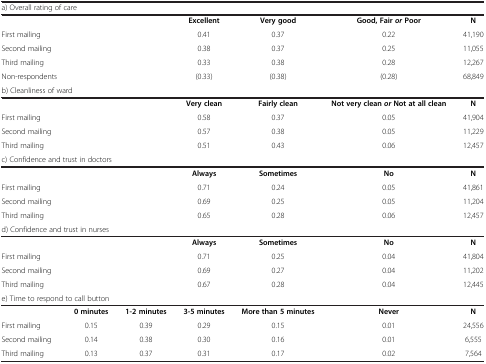
<table><thead><tr><td colspan="5"><b>a) Overall rating of care</b></td><td><b> </b></td><td><b> </b></td></tr></thead><tbody><tr><td> </td><td> </td><td> </td><td><b>Excellent</b></td><td><b>Very good</b></td><td><b>Good, Fair</b><b><i>or</i></b><b>Poor</b></td><td><b>N</b></td></tr><tr><td>First mailing</td><td> </td><td> </td><td>0.41</td><td>0.37</td><td>0.22</td><td>41,190</td></tr><tr><td>Second mailing</td><td> </td><td> </td><td>0.38</td><td>0.37</td><td>0.25</td><td>11,055</td></tr><tr><td>Third mailing</td><td> </td><td> </td><td>0.33</td><td>0.38</td><td>0.28</td><td>12,267</td></tr><tr><td>Non-respondents</td><td> </td><td> </td><td>(0.33)</td><td>(0.38)</td><td>(0.28)</td><td>68,849</td></tr><tr><td colspan="7">b) Cleanliness of ward</td></tr><tr><td> </td><td> </td><td> </td><td><b>Very clean</b></td><td><b>Fairly clean</b></td><td><b>Not very clean</b><b><i>or</i></b><b>Not at all clean</b></td><td><b>N</b></td></tr><tr><td>First mailing</td><td> </td><td> </td><td>0.58</td><td>0.37</td><td>0.05</td><td>41,904</td></tr><tr><td>Second mailing</td><td> </td><td> </td><td>0.57</td><td>0.38</td><td>0.05</td><td>11,229</td></tr><tr><td>Third mailing</td><td> </td><td> </td><td>0.51</td><td>0.43</td><td>0.06</td><td>12,457</td></tr><tr><td colspan="7">c) Confidence and trust in doctors</td></tr><tr><td> </td><td> </td><td> </td><td><b>Always</b></td><td><b>Sometimes</b></td><td><b>No</b></td><td><b>N</b></td></tr><tr><td>First mailing</td><td> </td><td> </td><td>0.71</td><td>0.24</td><td>0.05</td><td>41,861</td></tr><tr><td>Second mailing</td><td> </td><td> </td><td>0.69</td><td>0.25</td><td>0.05</td><td>11,204</td></tr><tr><td>Third mailing</td><td> </td><td> </td><td>0.65</td><td>0.28</td><td>0.06</td><td>12,457</td></tr><tr><td colspan="7">d) Confidence and trust in nurses</td></tr><tr><td> </td><td> </td><td> </td><td><b>Always</b></td><td><b>Sometimes</b></td><td><b>No</b></td><td><b>N</b></td></tr><tr><td>First mailing</td><td> </td><td> </td><td>0.71</td><td>0.25</td><td>0.04</td><td>41,804</td></tr><tr><td>Second mailing</td><td> </td><td> </td><td>0.69</td><td>0.27</td><td>0.04</td><td>11,202</td></tr><tr><td>Third mailing</td><td> </td><td> </td><td>0.67</td><td>0.28</td><td>0.04</td><td>12,445</td></tr><tr><td colspan="6">e) Time to respond to call button</td><td> </td></tr><tr><td> </td><td><b>0 minutes</b></td><td><b>1-2 minutes</b></td><td><b>3-5 minutes</b></td><td><b>More than 5 minutes</b></td><td><b>Never</b></td><td><b>N</b></td></tr><tr><td>First mailing</td><td>0.15</td><td>0.39</td><td>0.29</td><td>0.15</td><td>0.01</td><td>24,556</td></tr><tr><td>Second mailing</td><td>0.14</td><td>0.38</td><td>0.30</td><td>0.16</td><td>0.01</td><td>6,555</td></tr><tr><td>Third mailing</td><td>0.13</td><td>0.37</td><td>0.31</td><td>0.17</td><td>0.02</td><td>7,564</td></tr></tbody></table>